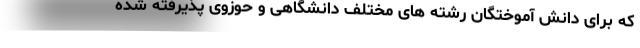
که برای دانش آموختگان رشته های مختلف دانشگاهی و حوزوی پذیرفته شده